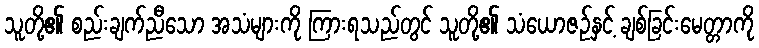
သူတို့၏ စည်းချက်ညီသော အသံများကို ကြားရသည်တွင် သူတို့၏ သံယောဇဉ်နှင့် ချစ်ခြင်းမေတ္တာကို